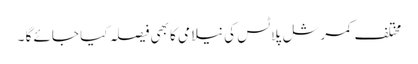
مختلف کمرشل پلاٹس کی نیلامی کا بھی فیصلہ کیا جائے گا ۔